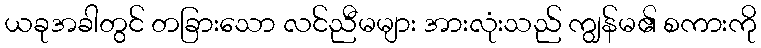
ယခုအခါတွင် တခြားသော လင်ညီမများ အားလုံးသည် ကျွန်မ၏ စကားကို